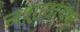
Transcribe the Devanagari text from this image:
नशादायक